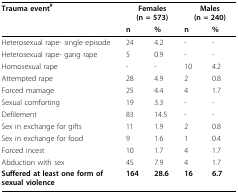
<table><thead><tr><td><b>Trauma event<sup>#</sup></b></td><td colspan="2"><b>Females (n = 573)</b></td><td colspan="2"><b>Males (n = 240)</b></td></tr><tr><td></td><td><b>n</b></td><td><b>%</b></td><td><b>n</b></td><td><b>%</b></td></tr></thead><tbody><tr><td>Heterosexual rape- single episode</td><td>24</td><td>4.2</td><td>-</td><td>-</td></tr><tr><td>Heterosexual rape- gang rape</td><td>5</td><td>0.9</td><td>-</td><td>-</td></tr><tr><td>Homosexual rape</td><td>-</td><td>-</td><td>10</td><td>4.2</td></tr><tr><td>Attempted rape</td><td>28</td><td>4.9</td><td>2</td><td>0.8</td></tr><tr><td>Forced marriage</td><td>25</td><td>4.4</td><td>4</td><td>1.7</td></tr><tr><td>Sexual comforting</td><td>19</td><td>3.3</td><td>-</td><td>-</td></tr><tr><td>Defilement</td><td>83</td><td>14.5</td><td>-</td><td>-</td></tr><tr><td>Sex in exchange for gifts</td><td>11</td><td>1.9</td><td>2</td><td>0.8</td></tr><tr><td>Sex in exchange for food</td><td>9</td><td>1.6</td><td>1</td><td>0.4</td></tr><tr><td>Forced incest</td><td>10</td><td>1.7</td><td>4</td><td>1.7</td></tr><tr><td>Abduction with sex</td><td>45</td><td>7.9</td><td>4</td><td>1.7</td></tr><tr><td><b>Suffered at least one form of sexual violence</b></td><td><b>164</b></td><td><b>28.6</b></td><td><b>16</b></td><td><b>6.7</b></td></tr></tbody></table>